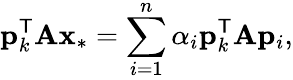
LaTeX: \mathbf{p}_{k}^{\mathsf{T}}\mathbf{A}\mathbf{x}_{*}=\sum_{i=1}^{n}\alpha_{i}\mathbf{p}_{k}^{\mathsf{T}}\mathbf{A}\mathbf{p}_{i},